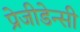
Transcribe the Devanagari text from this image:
प्रेजीडेन्सी